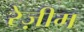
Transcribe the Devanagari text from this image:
रेज़ीम